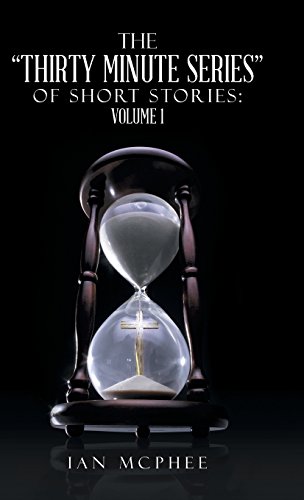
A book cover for The Thirty Minute Series of Short Stories: Volume 1; Ian McPhee; Christian Books & Bibles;